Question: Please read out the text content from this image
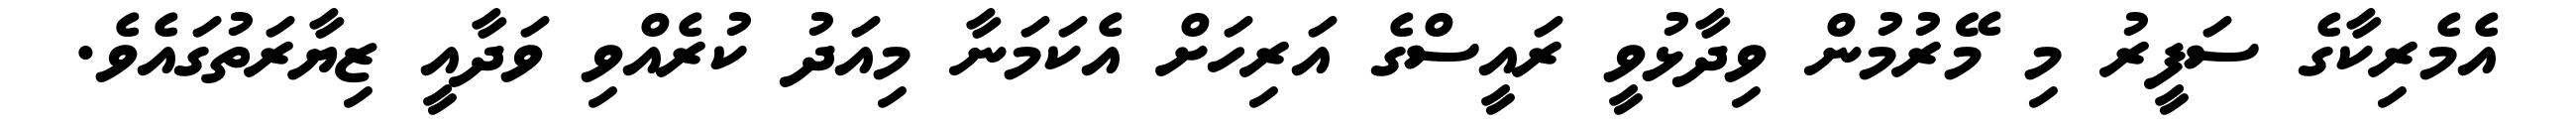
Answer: އެމެރިކާގެ ސަފީރު މި މޭރުމުން ވިދާޅުވީ ރައީސްގެ އަރިހަށް އެކަމަނާ މިއަދު ކުރެއްވި ވަދާއީ ޒިޔާރަތުގައެވެ.